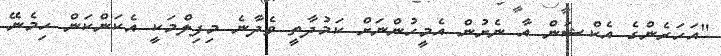
"އަހަރެންގެ އެކްޝަން އާ ނެށުން އެމީހުންނަށް ކަމުދާތީ ވެދާނެ މިފިލްމަކީ އެކަންކަން ހިމެނޭ